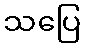
သပြေ